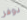
دوفر